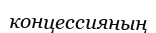
концессияның